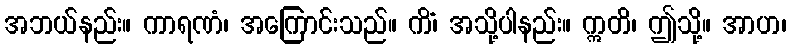
အဘယ်နည်း။ ကာရဏံ၊ အကြောင်းသည်။ ကိံ၊ အသို့ပါနည်း။ ဣတိ၊ ဤသို့။ အာဟ၊